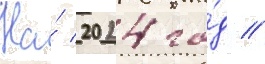
На́ 2024 го́д //